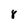
Character: 8